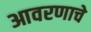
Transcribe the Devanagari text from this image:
आवरणाचे